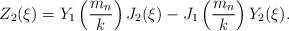
LaTeX: \begin{align*}Z_2(\xi) = Y_1 \left(\frac{m_n}{k}\right) J_2(\xi) -J_1 \left(\frac{m_n}{k}\right) Y_2(\xi).\end{align*}